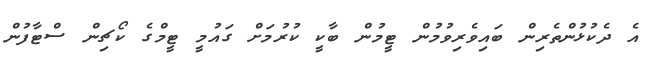
އެ ދެކުޅުންތެރިން ބައިވެރިވުމުން ޓީމުން ބާކީ ކުރުމަށް ގައުމީ ޓީމްގެ ކޯޗިން ސްޓާފުން